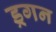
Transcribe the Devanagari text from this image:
ड्रगन